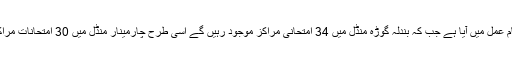
تفصیلات کے بموجب بہادر پورہ منڈل میں 46 امتحانی مراکز کا قیام عمل میں آیا ہے جب کہ بندلہ گوڑہ منڈل میں 34 امتحانی مراکز موجود رہیں گے اسی طرح چارمینار منڈل میں 30 امتحانات مراکز ہیں اور گولکنڈہ منڈل میں 63 امتحانی مراکز قائم کئے گئے ہیں ۔